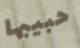
حبيبها